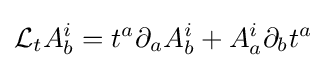
{\mathcal {L}}_{t}A_{b}^{i}=t^{a}\partial _{a}A_{b}^{i}+A_{a}^{i}\partial _{b}t^{a}